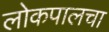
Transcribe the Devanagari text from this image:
लोकपालचा